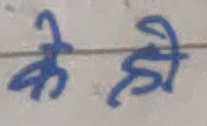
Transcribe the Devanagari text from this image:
के ही